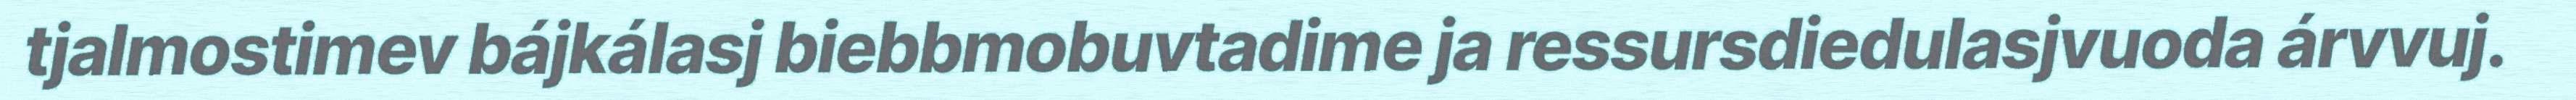
tjalmostimev bájkálasj biebbmobuvtadime ja ressursdiedulasjvuoda árvvuj.